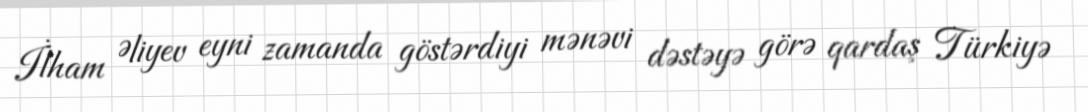
İlham Əliyev eyni zamanda göstərdiyi mənəvi dəstəyə görə qardaş Türkiyə